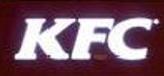
kfc